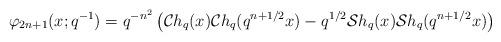
LaTeX: \begin{align*} \varphi_{2n+1}(x;q^{-1})=q^{-n^{2}}\left(\mathcal{C}h_{q}(x)\mathcal{C}h_{q}(q^{n+1/2}x)-q^{1/2}\mathcal{S}h_{q}(x)\mathcal{S}h_{q}(q^{n+1/2}x)\right) \end{align*}